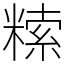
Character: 𥻨